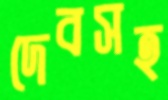
দেবসহ